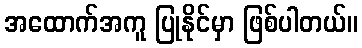
အထောက်အကူ ပြုနိုင်မှာ ဖြစ်ပါတယ်။